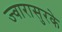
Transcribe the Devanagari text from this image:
ज्वारासुरके